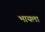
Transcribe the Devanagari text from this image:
भायला